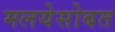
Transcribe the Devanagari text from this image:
मलयेसोबत